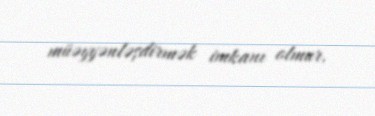
müəyyənləşdirmək imkanı olmur.